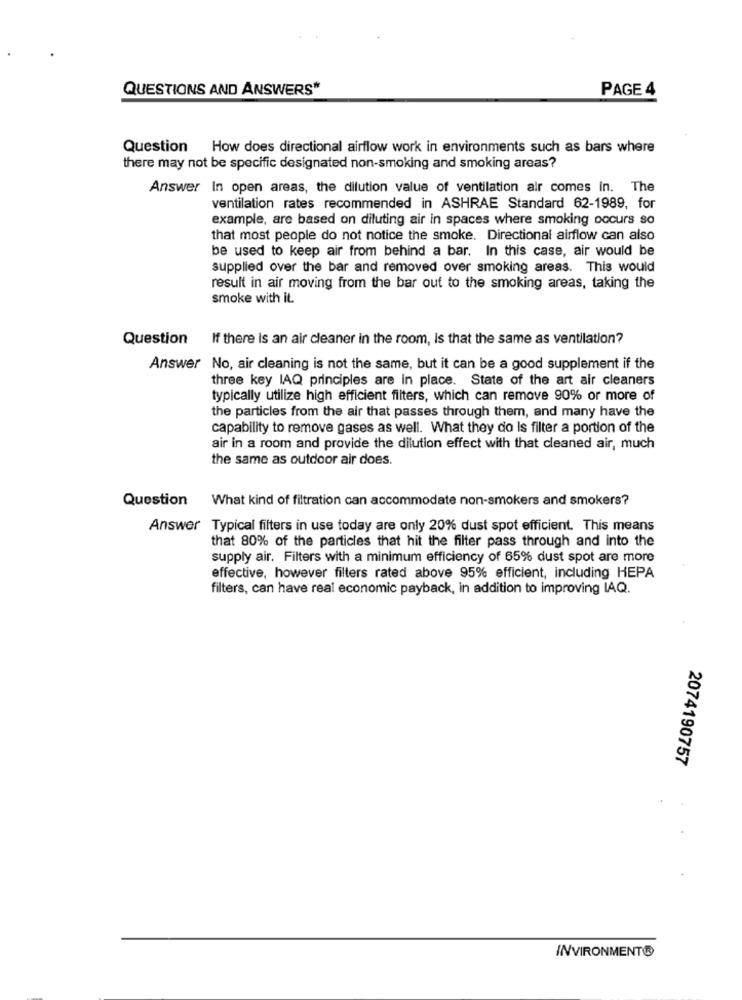
QUESTIONS AND ANSWERS"
PAGE 4
Question How does directional airflow work in environments such as bars where
there may not be specific designated non-smoking and smoking areas?
Answer In open areas, the dilution value of ventilation air comes in. The
ventilation rates recommended in ASHRAE Standard 62-1989, for
example, are based on diluting air in spaces where smoking occurs so
that most people do not notice the smoke. Directional airflow can also
be used to keep air from behind a bar. In this case, air would be
supplied over the bar and removed over smoking areas. This would
result in air moving from the bar out to the smoking areas, taking the
smoke with it.
Question
If there is an air cleaner in the room, Is that the same as ventilation?
Answer No, air cleaning is not the same, but it can be a good supplement if the
three key IAQ principles are in place. State of the art air cleaners
typically utilize high efficient filters, which can remove 90% or more of
the particles from the air that passes through them, and many have the
capability to remove gases as well. What they do Is filter a portion of the
air in a room and provide the dilution effect with that cleaned air, much
the same as outdoor air does.
Question
What kind of filtration can accommodate non-smokers and smokers?
Answer Typical filters in use today are only 20% dust spot efficient. This means
that 80% of the particles that hit the filter pass through and into the
supply air. Filters with a minimum efficiency of 65% dust spot are more
effective, however filters rated above 95% efficient, including HEPA
filters, can have real economic payback, in addition to improving IAQ.
2074190757
INVIRONMENT®